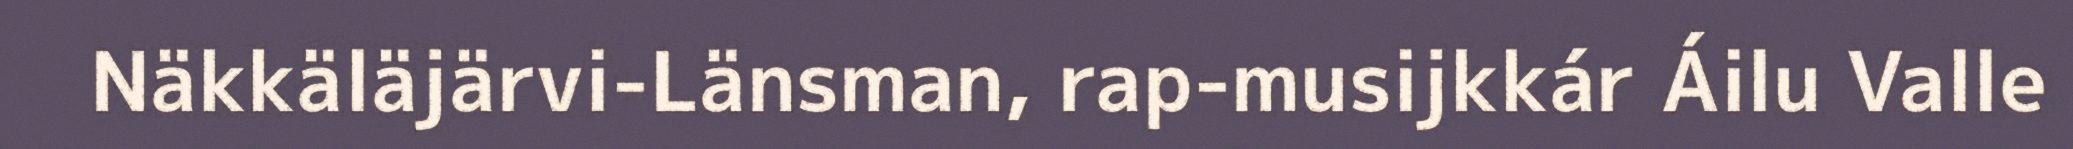
Näkkäläjärvi-Länsman, rap-musijkkár Áilu Valle